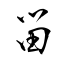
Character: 畄